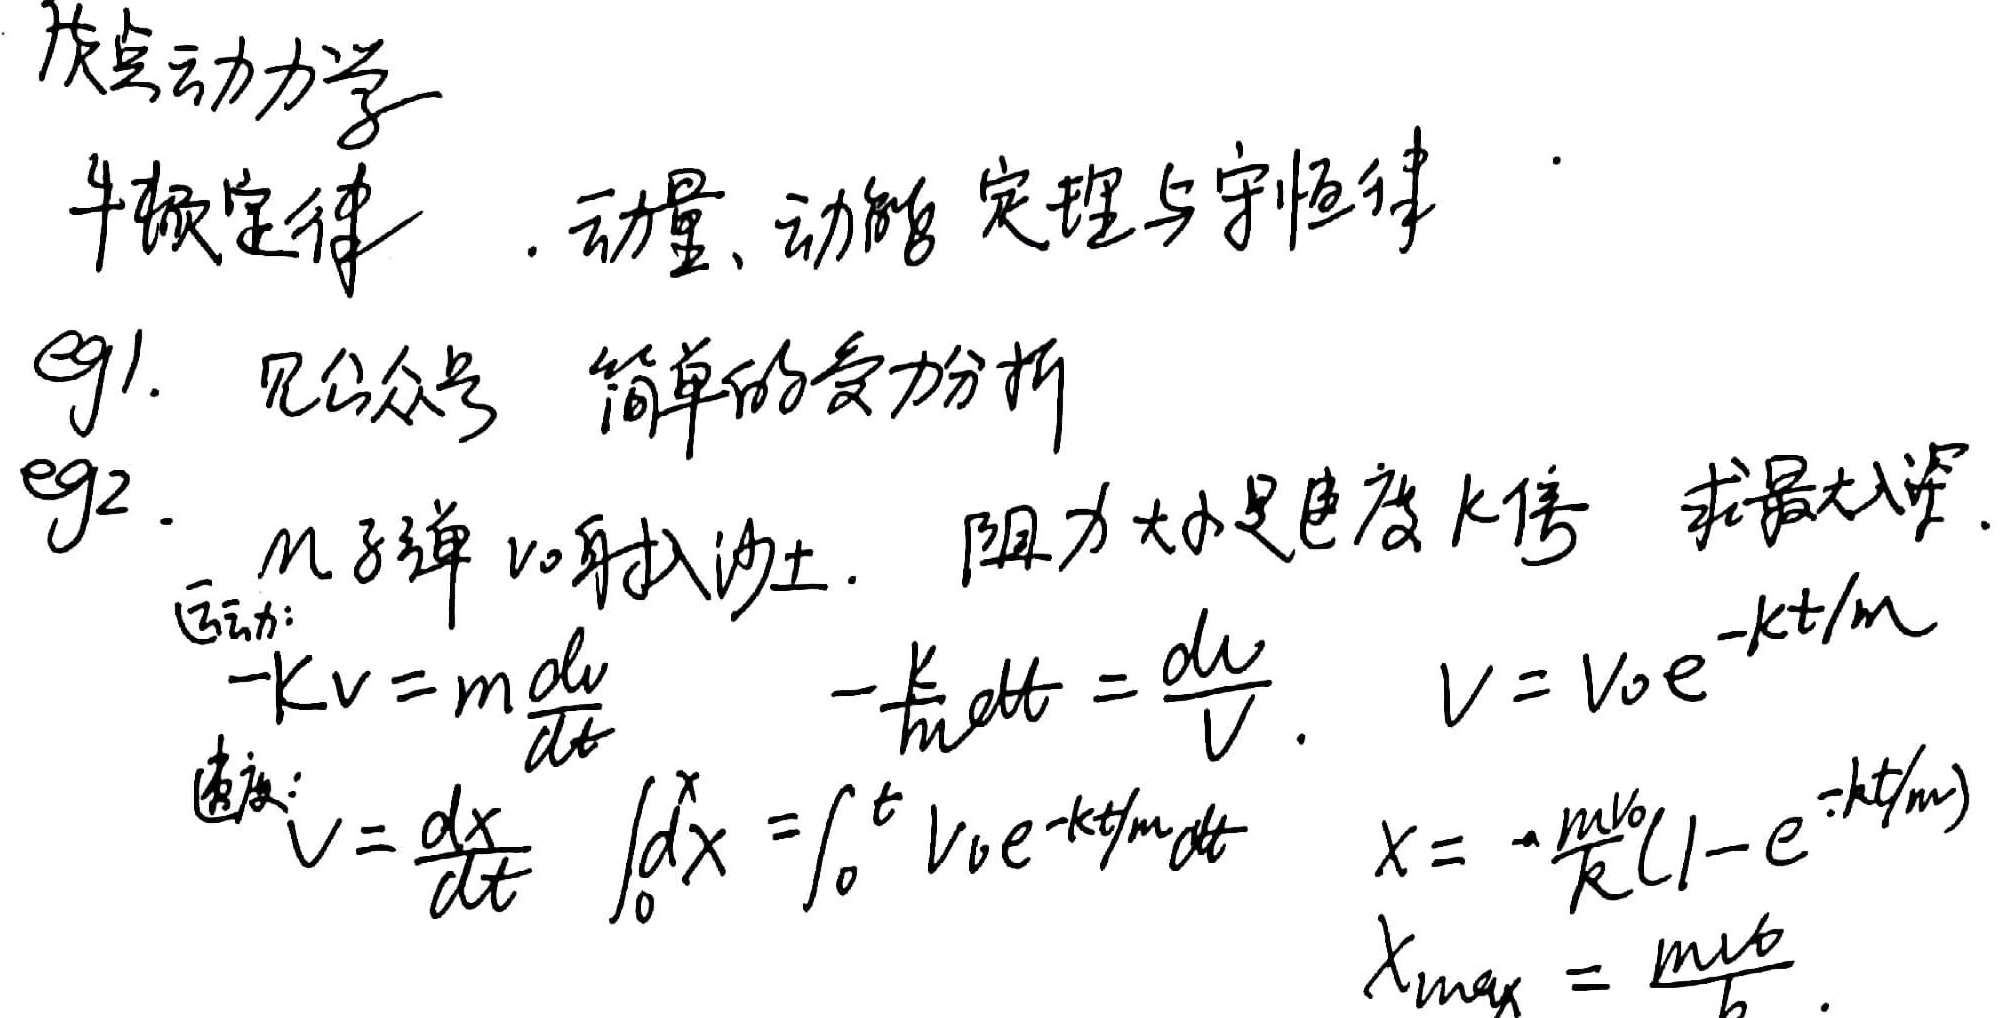
质点动力学牛顿定律. 动量、动能定理与守恒律
eg1. 见公众号 简单的受力分析
eg2. \(m\)子弹以\(v_0\)射入沙土. 阻力大小是速度的\(k\)倍，求最大入深.
运动：
\[
-kv = m\frac{dv}{dt}\quad -\frac{k}{m}dt = \frac{dv}{v}\quad v = v_0e^{-kt/m}
\]
速度：
\[
v=\frac{dx}{dt}\quad \int_{0}^{x}dx=\int_{0}^{t}v_0e^{-kt/m}dt\quad x = -\frac{mv_0}{k}(1 - e^{-kt/m})
\]
\(x_{max}=\frac{mv_0}{k}\)